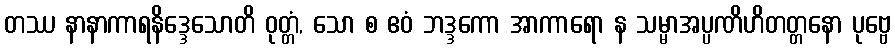
တဿ နာနာကာရနိဒ္ဒေသောတိ ဝုတ္တံ, သော စ ဧဝံ ဘဒ္ဒကော အာကာရော န သမ္မာအပ္ပဏိဟိတတ္တနော ပုဗ္ဗေ